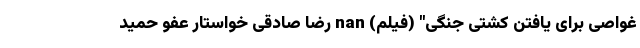
غواصی برای یافتن کشتی جنگی" (فیلم) nan رضا صادقی خواستار عفو حمید